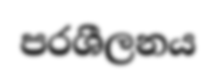
පරශීලනය